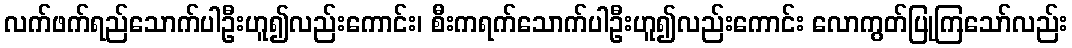
လက်ဖက်ရည်သောက်ပါဦးဟူ၍လည်းကောင်း၊ စီးကရက်သောက်ပါဦးဟူ၍လည်းကောင်း လောကွတ်ပြုကြသော်လည်း